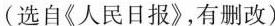
(选自《人民日报》，有删改)